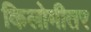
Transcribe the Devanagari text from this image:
किलोमीतर